画像に写った文字を読んでください
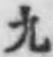
「九」と書いてあります